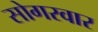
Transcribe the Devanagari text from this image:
सोगरवार